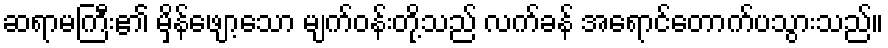
ဆရာမကြီး၏ မှိန်ဖျော့သော မျက်ဝန်းတို့သည် လက်ခန် အရောင်တောက်ပသွားသည်။